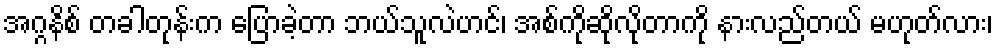
အဂ္ဂနိစ် တခါတုန်းက ပြောခဲ့တာ ဘယ်သူလဲဟင်၊ အစ်ကိုဆိုလိုတာကို နားလည်တယ် မဟုတ်လား၊